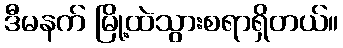
ဒီမနက် မြို့ထဲသွားစရာရှိတယ်။